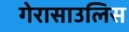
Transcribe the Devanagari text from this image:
गेरासाउलिस